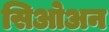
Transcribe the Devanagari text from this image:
सिओअन